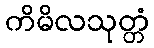
ကိမိလသုတ္တံ